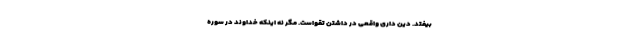
بیفتد. دین داری واقعی در داشتن تقواست. مگر نه اینکه خداوند در سوره